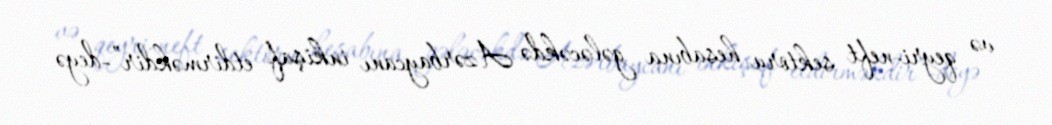
və qeyri-neft sektoru hesabına gələcəkdə Azərbaycanı inkişaf etdirməkdir”-deyə